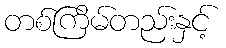
တစ်ကြိမ်တည်းနှင့်